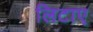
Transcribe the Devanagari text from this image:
लिटाए